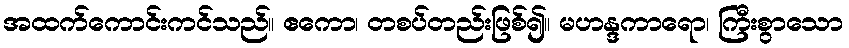
အထက်ကောင်းကင်သည်။ ဧကော၊ တစပ်တည်းဖြစ်၍။ မဟန္ဒကာရော၊ ကြီးစွာသော